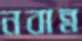
নবান্ন